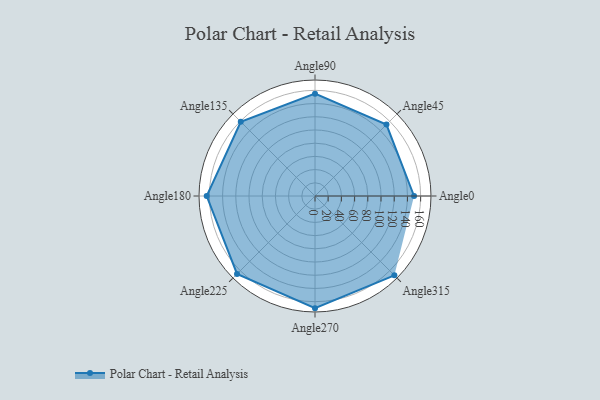
{"axis": {"x": "Angle", "y": "Radius"}, "legend": [""], "data": [{"x": "Angle0", "y": 150.0, "type": ""}, {"x": "Angle45", "y": 153.0, "type": ""}, {"x": "Angle90", "y": 155.0, "type": ""}, {"x": "Angle135", "y": 159.0, "type": ""}, {"x": "Angle180", "y": 164.0, "type": ""}, {"x": "Angle225", "y": 167.0, "type": ""}, {"x": "Angle270", "y": 170, "type": ""}, {"x": "Angle315", "y": 170, "type": ""}]}